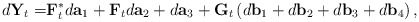
\begin{align*}d\mathbf{Y}_t =& \mathbf{F}_t^{\ast} d\mathbf{a}_1+\mathbf{F}_t d\mathbf{a}_2 + d\mathbf{a}_3 + \mathbf{G}_t \left(d\mathbf{b}_1+ d\mathbf{b}_2+d\mathbf{b}_3+d\mathbf{b}_4\right),\end{align*}